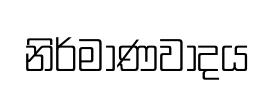
නිර්මාණවාදය